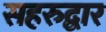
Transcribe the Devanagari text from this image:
सहरुद्वार